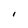
Character: I